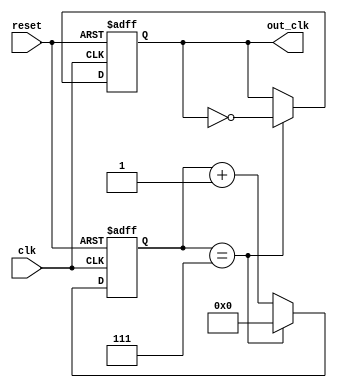
module frequency_divider(
    input wire clk,  // Input clock signal
    input wire reset, // Reset signal
    output reg out_clk // Output clock signal
);

reg [7:0] counter; // Counter for frequency division

always @(posedge clk or posedge reset)
begin
    if (reset) begin
        counter <= 0;
        out_clk <= 0;
    end else begin
        if (counter == 7) begin
            out_clk <= ~out_clk;
            counter <= 0;
        end else begin
            counter <= counter + 1;
        end
    end
end

endmodule